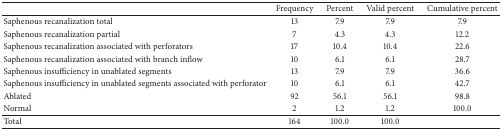
<table><thead><tr><td><b> </b></td><td><b>Frequency</b></td><td><b>Percent</b></td><td><b>Valid percent</b></td><td><b>Cumulative percent</b></td></tr></thead><tbody><tr><td>Saphenous recanalization total</td><td>13</td><td>7.9</td><td>7.9</td><td>7.9</td></tr><tr><td>Saphenous recanalization partial</td><td>7</td><td>4.3</td><td>4.3</td><td>12.2</td></tr><tr><td>Saphenous recanalization associated with perforators</td><td>17</td><td>10.4</td><td>10.4</td><td>22.6</td></tr><tr><td>Saphenous recanalization associated with branch inflow</td><td>10</td><td>6.1</td><td>6.1</td><td>28.7</td></tr><tr><td>Saphenous insufficiency in unablated segments</td><td>13</td><td>7.9</td><td>7.9</td><td>36.6</td></tr><tr><td>Saphenous insufficiency in unablated segments associated with perforator</td><td>10</td><td>6.1</td><td>6.1</td><td>42.7</td></tr><tr><td>Ablated</td><td>92</td><td>56.1</td><td>56.1</td><td>98.8</td></tr><tr><td>Normal</td><td>2</td><td>1.2</td><td>1.2</td><td>100.0</td></tr><tr><td>Total</td><td>164</td><td>100.0</td><td>100.0</td><td> </td></tr></tbody></table>